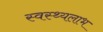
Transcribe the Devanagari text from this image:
स्वस्थ्यलाभ